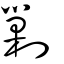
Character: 勦